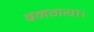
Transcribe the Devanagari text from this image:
बनगया।